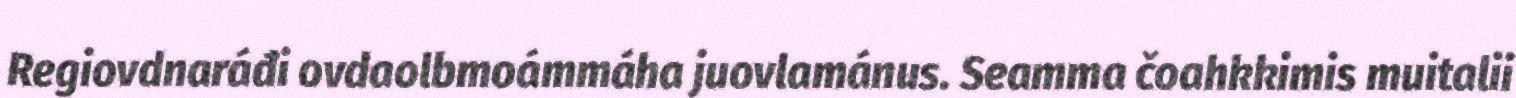
Regiovdnaráđi ovdaolbmoámmáha juovlamánus. Seamma čoahkkimis muitalii